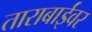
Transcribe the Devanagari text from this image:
ताराबाईंवर